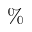
\%